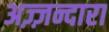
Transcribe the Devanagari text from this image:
अज़्ज़न्दारा